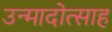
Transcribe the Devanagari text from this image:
उन्मादोत्साह